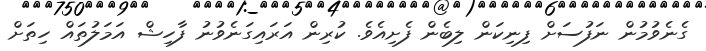
ގެނެވުމުން ނަފުސަށް ފިނިކަން ލިބެން ފެށިއެވެ. ކުރިން އަރައިގަނެވުނު ފާހިޝް އަމަލުތައް ހިތަށް